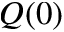
Q ( 0 )